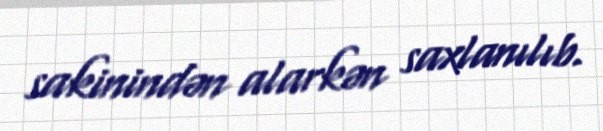
sakinindən alarkən saxlanılıb.